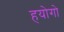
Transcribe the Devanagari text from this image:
हयोगो